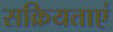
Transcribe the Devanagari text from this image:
सक्रियताएं